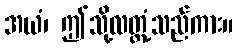
အယံ၊ ဤသို့လတ္တံ့သည်ကား။